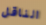
الناقل